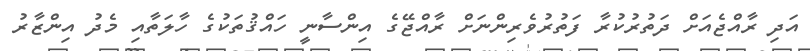
އަދި ރާއްޖެއަށް ދަތުރުކުރާ ފަތުރުވެރިންނަށް ރާއްޖޭގެ އިންސާނީ ހައްޤުތަކުގެ ހާލަތާއި މެދު އިންޒާރު